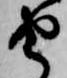
由